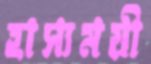
হাস্যময়ী